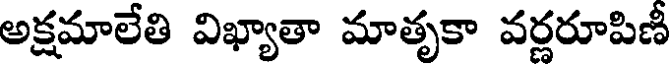
అక్షమాలేతి విఖ్యాతా మాతృకా వర్ణరూపిణీ